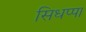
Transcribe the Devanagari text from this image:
सिधप्पा